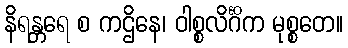
နိရန္တရေ စ ကဌိနေ၊ ဝါစ္စလိင်္ဂိက မုစ္စတေ။